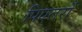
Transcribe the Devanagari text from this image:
पिएतरों